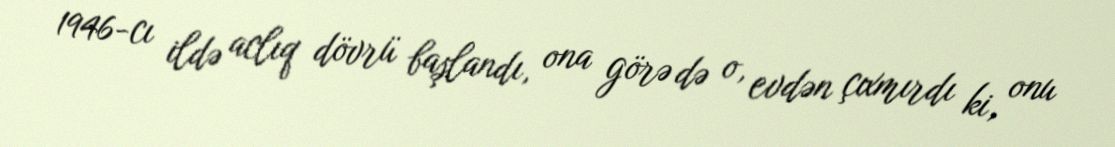
1946-cı ildə aclıq dövrü başlandı, ona görə də o, evdən çıxmırdı ki, onu